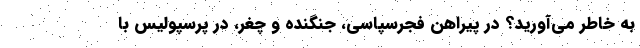
به خاطر می‌آورید؟ در پیراهن فجرسپاسی، جنگنده و چغر، در پرسپولیس با